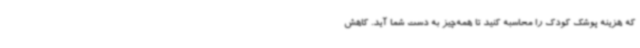
که هزینه پوشک کودک را محاسبه کنید تا همه‌چیز به دست شما آید. کاهش